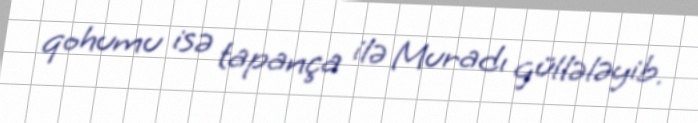
qohumu isə tapança ilə Muradı güllələyib.